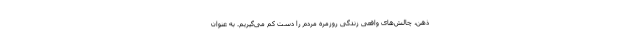
ذهن، چالش‌های واقعی زندگی روزمرهٔ مردم را دست کم می‌گیریم. به عنوان